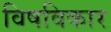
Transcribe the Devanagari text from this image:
विषविकार